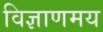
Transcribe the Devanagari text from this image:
विज्ञाणमय